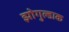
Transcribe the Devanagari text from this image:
झोगुल्डाक